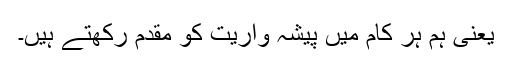
یعنی ہم ہر کام میں پیشہ واریت کو مقدم رکھتے ہیں۔